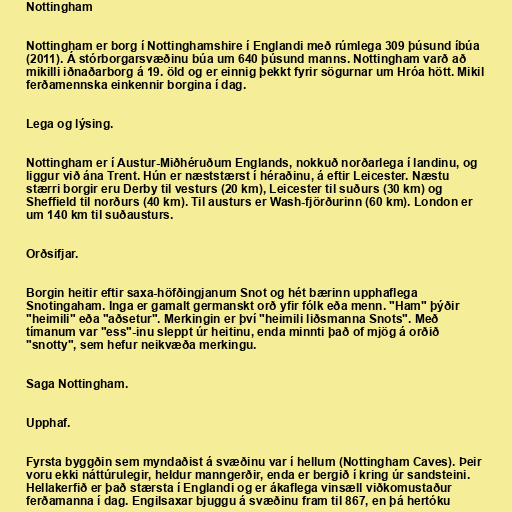
Nottingham

Nottingham er borg í Nottinghamshire í Englandi með rúmlega 309 þúsund íbúa
(2011). Á stórborgarsvæðinu búa um 640 þúsund manns. Nottingham varð að
mikilli iðnaðarborg á 19. öld og er einnig þekkt fyrir sögurnar um Hróa hött. Mikil
ferðamennska einkennir borgina í dag.

Lega og lýsing.

Nottingham er í Austur-Miðhéruðum Englands, nokkuð norðarlega í landinu, og
liggur við ána Trent. Hún er næststærst í héraðinu, á eftir Leicester. Næstu
stærri borgir eru Derby til vesturs (20 km), Leicester til suðurs (30 km) og
Sheffield til norðurs (40 km). Til austurs er Wash-fjörðurinn (60 km). London er
um 140 km til suðausturs.

Orðsifjar.

Borgin heitir eftir saxa-höfðingjanum Snot og hét bærinn upphaflega
Snotingaham. Inga er gamalt germanskt orð yfir fólk eða menn. "Ham" þýðir
"heimili" eða "aðsetur". Merkingin er því "heimili liðsmanna Snots". Með
tímanum var "ess"-inu sleppt úr heitinu, enda minnti það of mjög á orðið
"snotty", sem hefur neikvæða merkingu.

Saga Nottingham.

Upphaf.

Fyrsta byggðin sem myndaðist á svæðinu var í hellum (Nottingham Caves). Þeir
voru ekki náttúrulegir, heldur manngerðir, enda er bergið í kring úr sandsteini.
Hellakerfið er það stærsta í Englandi og er ákaflega vinsæll viðkomustaður
ferðamanna í dag. Engilsaxar bjuggu á svæðinu fram til 867, en þá hertóku